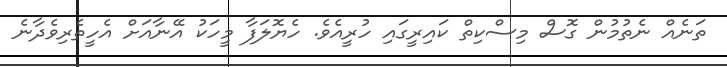
ތަނެއް ނެތުމުން ގޮސް މިސްކިތް ކައިރީގައި ހުރީއެވެ. ހެޔޮލަފާ މީހަކު އޭނާއަށް އެހީތެރިވެދާނެ